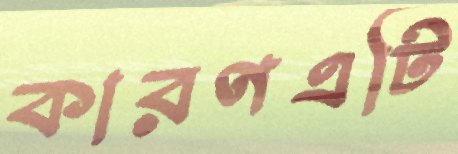
কারণএটি